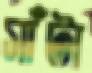
সাঁটা